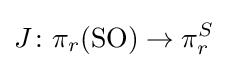
J\colon \pi _{r}(\mathrm {SO} )\to \pi _{r}^{S}